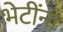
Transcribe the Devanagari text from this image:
भेटींना